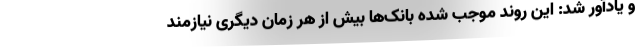
و یادآور شد: این روند موجب شده بانک‌ها بیش از هر زمان دیگری نیازمند